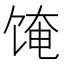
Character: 𬲼